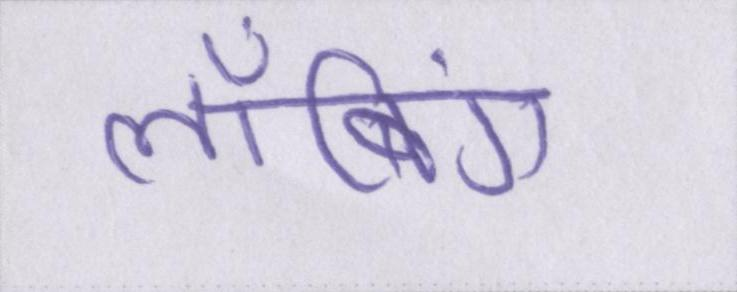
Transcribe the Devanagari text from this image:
लॉबिंग